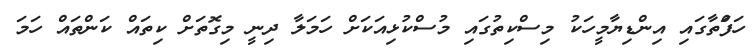
ހަފަްތާގައި އިންޑިޔާމީހަކު މިސްކިތުގައި މުސްކުޅިއަކަށް ހަމަލާ ދިނީ މިގޮތަށް ކިތައް ކަންތައް ހަަމަ